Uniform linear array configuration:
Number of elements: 64
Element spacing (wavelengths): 0.75
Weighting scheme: hamming
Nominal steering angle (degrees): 0
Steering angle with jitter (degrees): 1.202
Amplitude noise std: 0.05
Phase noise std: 0.05

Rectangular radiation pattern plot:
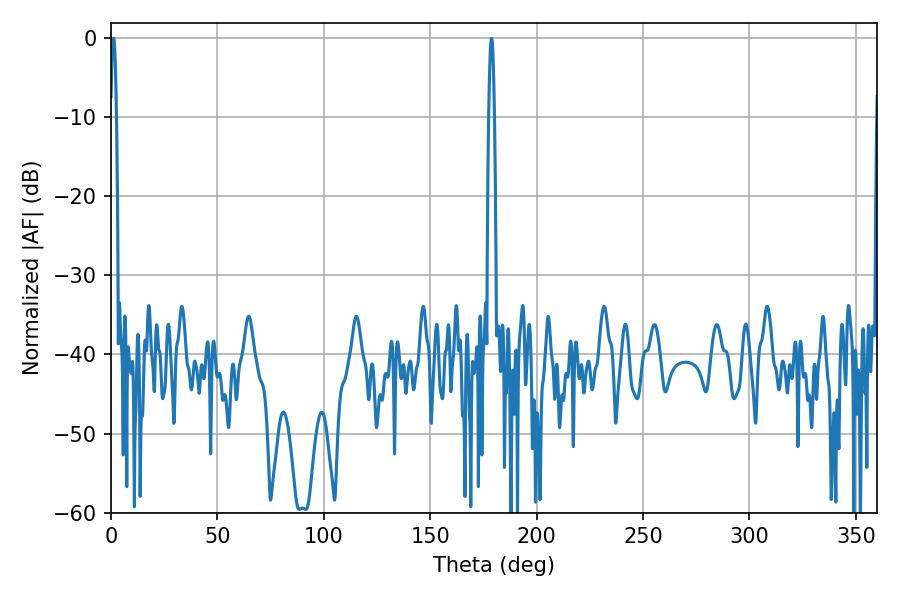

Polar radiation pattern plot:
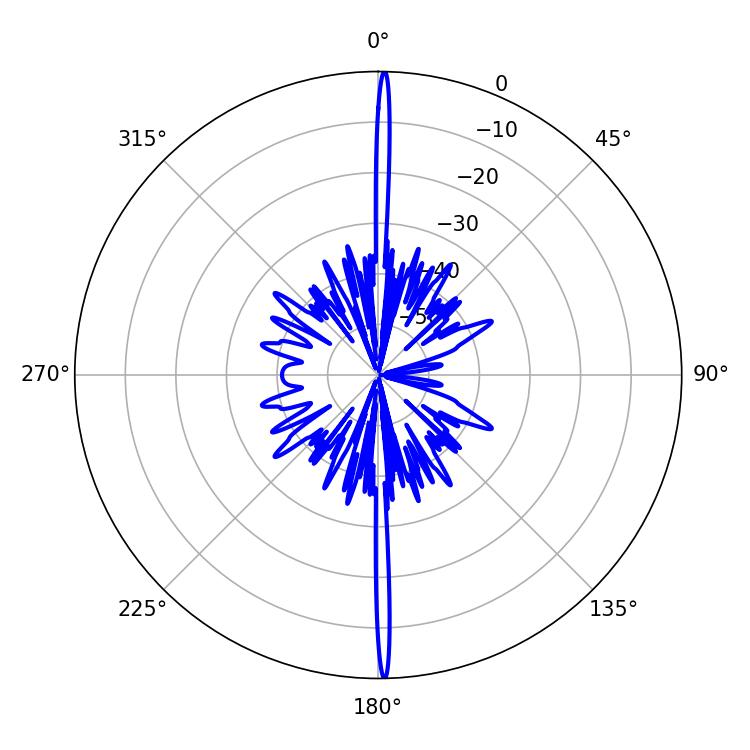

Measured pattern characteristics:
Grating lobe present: TRUE
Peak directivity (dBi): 32.441
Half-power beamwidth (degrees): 1.44
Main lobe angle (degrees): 1.26